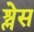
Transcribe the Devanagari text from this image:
श्लेस